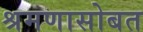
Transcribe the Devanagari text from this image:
श्रमणासोबत